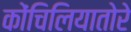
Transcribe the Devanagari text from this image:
कोंचिलियातोरे